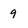
Character: q